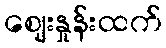
ဈေးနှုန်းထက်